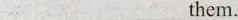
___them.